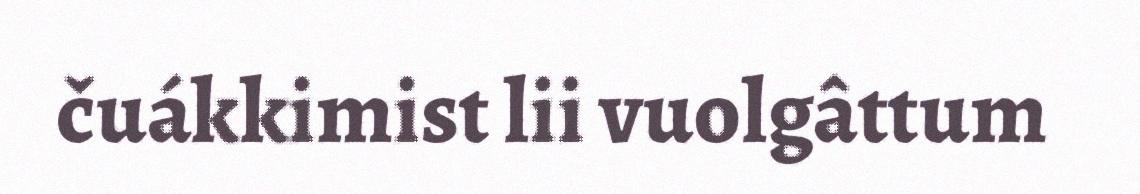
čuákkimist lii vuolgâttum